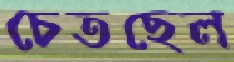
চেতছেল